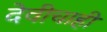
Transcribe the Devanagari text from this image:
देवीचाही